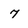
Character: 7